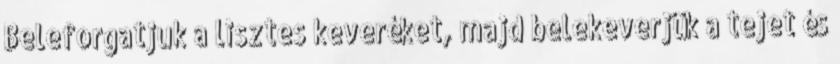
Beleforgatjuk a lisztes keveréket, majd belekeverjük a tejet és